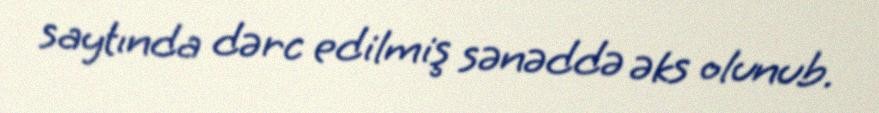
saytında dərc edilmiş sənəddə əks olunub.